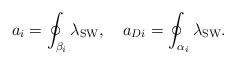
LaTeX: \begin{align*}a_i = \oint_{\beta_i}\lambda_{\rm SW} ,\quad a_{Di} = \oint_{\alpha_i}\lambda_{\rm SW}.\end{align*}